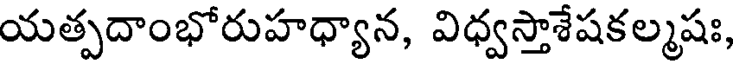
యత్పదాంభోరుహధ్యాన, విధ్వస్తాశేషకల్మషః,